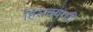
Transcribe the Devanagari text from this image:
हिसक्याची